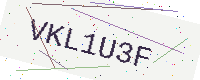
Text: VKL1U3F